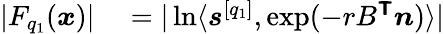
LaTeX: \begin{array}{rl}{|F_{q_{1}}(\boldsymbol{x})|}&{{}=|\ln\langle\boldsymbol{s}^{[q_{1}]},\exp(-rB^{\boldsymbol{\mathsf{T}}}\boldsymbol{n})\rangle|}\end{array}